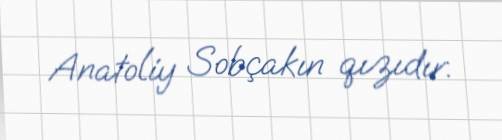
Anatoliy Sobçakın qızıdır.